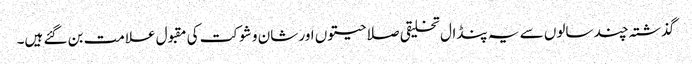
گذشتہ چند سالوں سے یہ پنڈال تخلیقی صلاحیتوں اور شان و شوکت کی مقبول علامت بن گئے ہیں۔